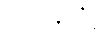
သားနှစ်ဦး